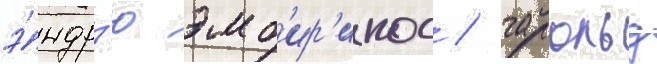
э́ндр'ю эмб'ир'икос / гарольд